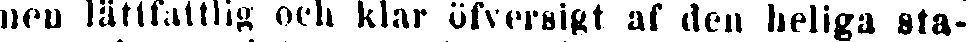
nen lättfattlig och klar öfversigt af den heliga sta-